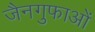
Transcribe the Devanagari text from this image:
जैनगुफाओं